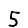
Digit: 5